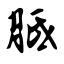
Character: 胝